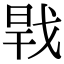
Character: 𢧀